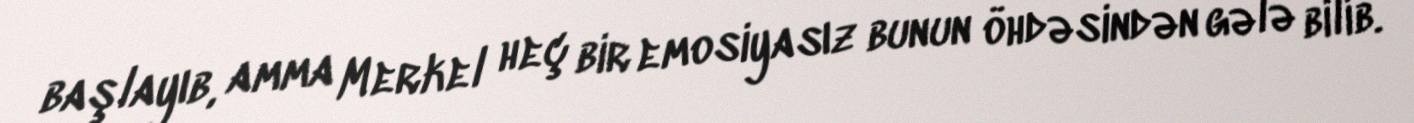
başlayıb, amma Merkel heç bir emosiyasız bunun öhdəsindən gələ bilib.